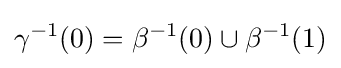
\gamma ^{-1}(0)=\beta ^{-1}(0)\cup \beta ^{-1}(1)